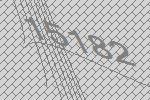
15182